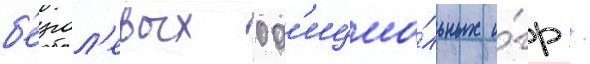
б'езгол'евых оф'ициа́льных и́гр /